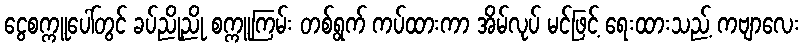
ငွေစက္ကူပေါ်တွင် ခပ်ညိုညို စက္ကူကြမ်း တစ်ရွက် ကပ်ထားကာ အိမ်လုပ် မင်ဖြင့် ရေးထားသည့် ကဗျာလေး